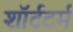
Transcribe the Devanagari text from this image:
शॉर्टटर्म